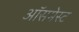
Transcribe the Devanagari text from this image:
ऑसमेस्ट